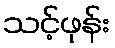
သင့်ဖုန်း